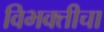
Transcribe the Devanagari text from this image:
विभक्तीचा